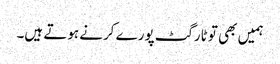
ہمیں بھی تو ٹارگٹ پورے کرنے ہوتے ہیں۔